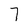
Character: 7